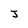
Character: J